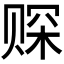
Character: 𫎩